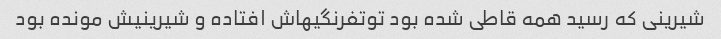
شیرینی که رسید همه قاطی شده بود توتفرنگیهاش افتاده و شیرینیش مونده بود